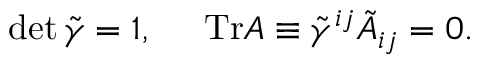
\operatorname* { d e t } \tilde { \gamma } = 1 , \; \; \; \; \; \mathrm { T r } A \equiv \tilde { \gamma } ^ { i j } \tilde { A } _ { i j } = 0 .